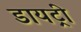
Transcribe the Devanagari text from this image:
डायट्री